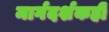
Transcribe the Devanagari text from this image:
मार्गदर्शकही